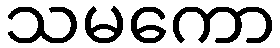
သမကော